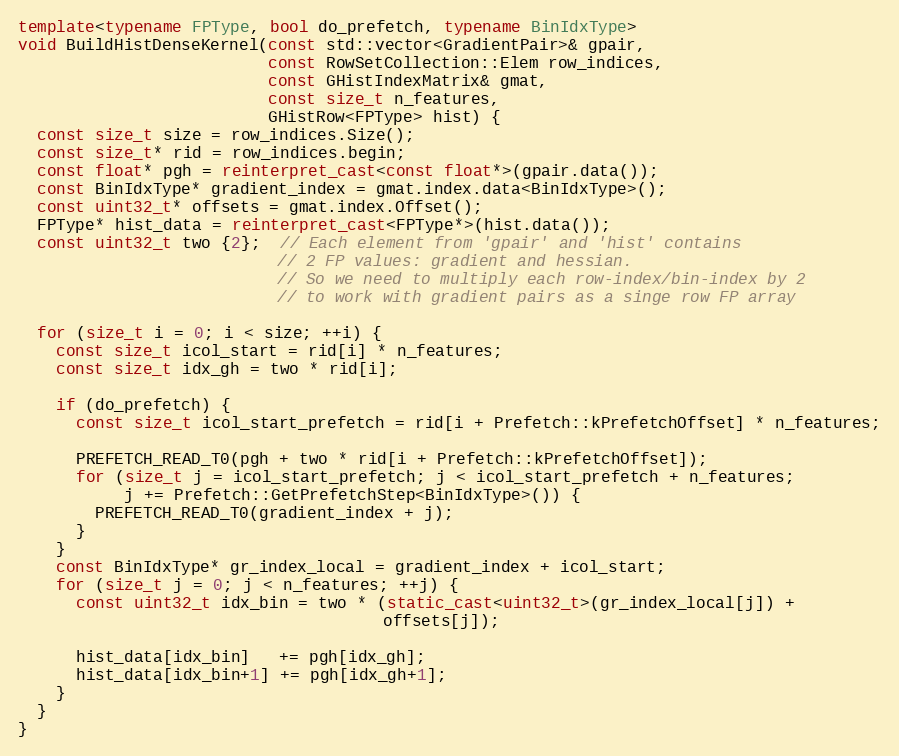
Language: C++
template<typename FPType, bool do_prefetch, typename BinIdxType>
void BuildHistDenseKernel(const std::vector<GradientPair>& gpair,
                          const RowSetCollection::Elem row_indices,
                          const GHistIndexMatrix& gmat,
                          const size_t n_features,
                          GHistRow<FPType> hist) {
  const size_t size = row_indices.Size();
  const size_t* rid = row_indices.begin;
  const float* pgh = reinterpret_cast<const float*>(gpair.data());
  const BinIdxType* gradient_index = gmat.index.data<BinIdxType>();
  const uint32_t* offsets = gmat.index.Offset();
  FPType* hist_data = reinterpret_cast<FPType*>(hist.data());
  const uint32_t two {2};  // Each element from 'gpair' and 'hist' contains
                           // 2 FP values: gradient and hessian.
                           // So we need to multiply each row-index/bin-index by 2
                           // to work with gradient pairs as a singe row FP array

  for (size_t i = 0; i < size; ++i) {
    const size_t icol_start = rid[i] * n_features;
    const size_t idx_gh = two * rid[i];

    if (do_prefetch) {
      const size_t icol_start_prefetch = rid[i + Prefetch::kPrefetchOffset] * n_features;

      PREFETCH_READ_T0(pgh + two * rid[i + Prefetch::kPrefetchOffset]);
      for (size_t j = icol_start_prefetch; j < icol_start_prefetch + n_features;
           j += Prefetch::GetPrefetchStep<BinIdxType>()) {
        PREFETCH_READ_T0(gradient_index + j);
      }
    }
    const BinIdxType* gr_index_local = gradient_index + icol_start;
    for (size_t j = 0; j < n_features; ++j) {
      const uint32_t idx_bin = two * (static_cast<uint32_t>(gr_index_local[j]) +
                                      offsets[j]);

      hist_data[idx_bin]   += pgh[idx_gh];
      hist_data[idx_bin+1] += pgh[idx_gh+1];
    }
  }
}